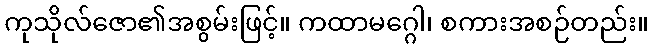
ကုသိုလ်ဇော၏အစွမ်းဖြင့်။ ကထာမဂ္ဂေါ၊ စကားအစဉ်တည်း။